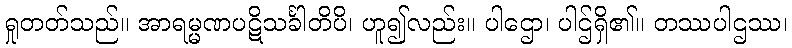
ရှုတတ်သည်။ အာရမ္မဏပဋိသင်္ခါတိပိ၊ ဟူ၍လည်း။ ပါဌော၊ ပါဌ်ရှိ၏။ တဿပါဌဿ၊